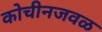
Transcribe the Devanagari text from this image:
कोचीनजवळ